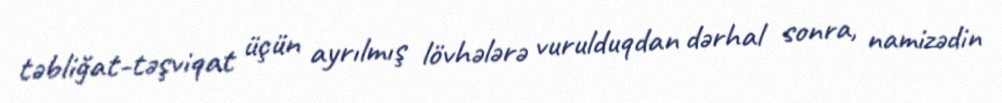
təbliğat-təşviqat üçün ayrılmış lövhələrə vurulduqdan dərhal sonra, namizədin